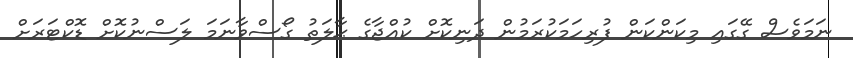
ނަމަވެސް ގޭގައި މިކަންކަން ފުރިހަމަކުރަމުން ދަނިކޮށް ކުއްޖާގެ ޙާލަތު ގޯސްވާނަމަ ލަސްނުކޮށް ޑޮކްޓަރަށް